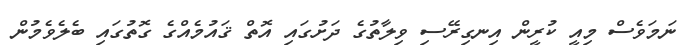
ނަމަވެސް މިއީ ކުރީން އިނގިރޭސި ވިލާތުގެ ދަށުގައި އޮތް ޤައުމެއްގެ ގޮތުގައި ބެލެވެމުން